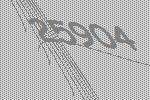
25904